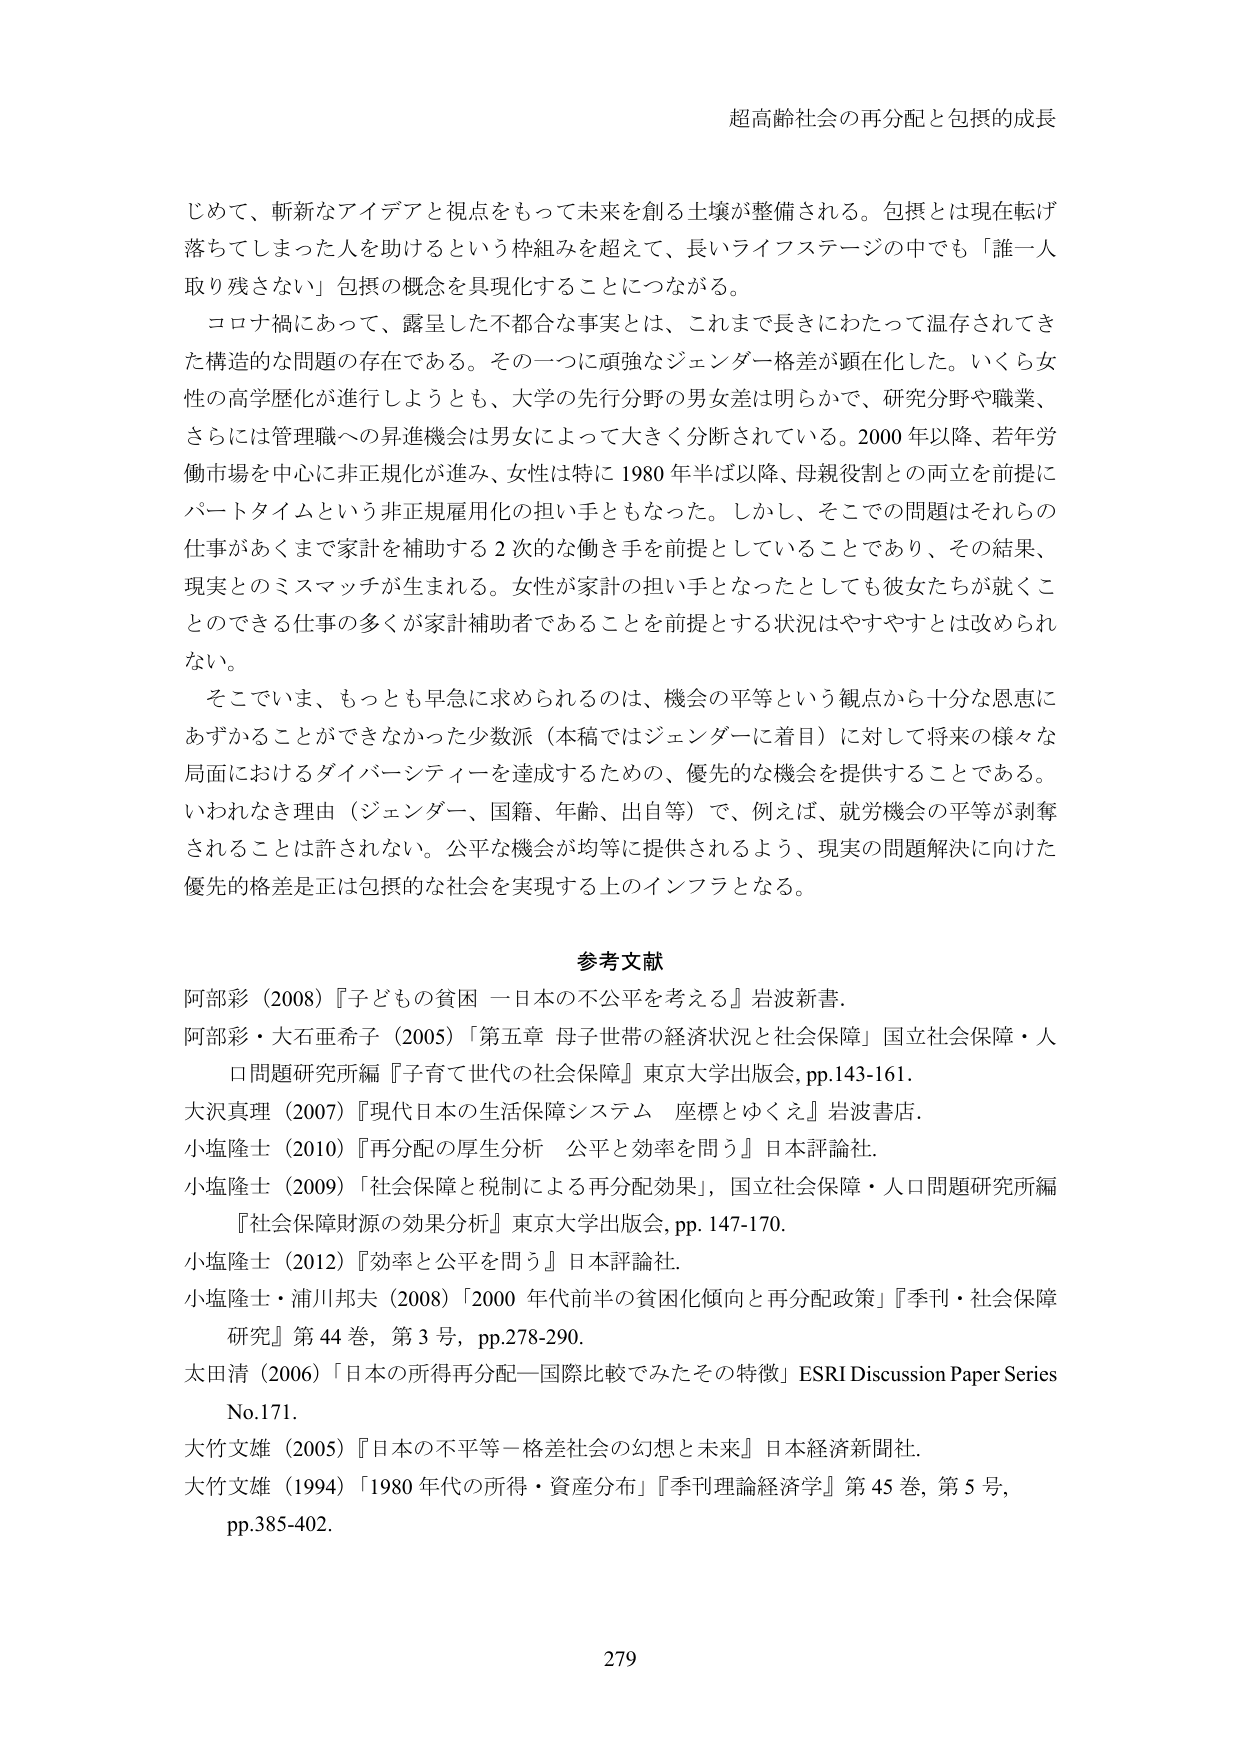
超高齢社会の再分配と包摂的成長

じめて、斬新なアイデアと視点をもって未来を創る土壌が整備される。包摂とは現在転げ落ちてしまった人を助けるという枠組みを超えて、長いライフステージの中でも「誰一人取り残さない」包摂の概念を具現化することにつながる。

コロナ禍にあって、露呈した不都合な事実とは、これまで長きにわたって温存されてきた構造的な問題の存在である。その一つに頑強なジェンダー格差が顕在化した。いくら女性の高学歴化が進行しようとも、大学の先行分野の男女差は明らかで、研究分野や職業、さらには管理職への昇進機会は男女によって大きく分断されている。2000年以降、若年労働市場を中心に非正規化が進み、女性は特に1980年半ば以降、母親役割との両立を前提にパートタイムという非正規雇用化の担い手ともなった。しかし、そこでの問題はそれらの仕事があくまで家計を補助する2次的な働き手を前提としていることであり、その結果、現実とのミスマッチが生まれる。女性が家計の担い手となったとしても彼女たちが就くことのできる仕事の多くが家計補助者であることを前提とする状況はやすやすとは改められない。

そこでいま、もっとも早急に求められるのは、機会の平等という観点から十分な恩恵にあずかることができなかった少数派（本稿ではジェンダーに着目）に対して将来の様々な局面におけるダイバーシティを達成するための、優先的な機会を提供することである。いわれなき理由（ジェンダー、国籍、年齢、出自等）で、例えば、就労機会の平等が剥奪されることは許されない。公平な機会が均等に提供されるよう、現実の問題解決に向けた優先的格差是正は包摂的な社会を実現する上のインフラとなる。

参考文献

阿部彩（2008）『子どもの貧困 一日本の不公平を考える』岩波新書。

阿部彩・大石亜希子（2005）「第五章 母子世帯の経済状況と社会保障」国立社会保障・人口問題研究所編『子育て世代の社会保障』東京大学出版会，pp.143-161。

大沢真理（2007）『現代日本の生活保障システム 座標とゆくえ』岩波書店。

小塩隆士（2010）『再分配の厚生分析 公平と効率を問う』日本評論社。

小塩隆士（2009）「社会保障と税制による再分配効果」，国立社会保障・人口問題研究所編『社会保障財源の効果分析』東京大学出版会，pp.147-170。

小塩隆士（2012）『効率と公平を問う』日本評論社。

小塩隆士・浦川邦夫（2008）「2000年代前半の貧困化傾向と再分配政策」『季刊・社会保障研究』第44巻，第3号，pp.278-290。

太田清（2006）「日本の所得再分配—国際比較でみたその特徴」ESRI Discussion Paper Series No.171。

大竹文雄（2005）『日本の不平等—格差社会の幻想と未来』日本経済新聞社。

大竹文雄（1994）「1980年代の所得・資産分布」『季刊理論経済学』第45巻，第5号，pp.385-402。

279